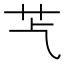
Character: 𦬈